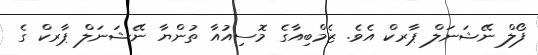
ފޯލް ނޭޝަނަލް ޕާރކް އެވެ. ޒެމްބިއާގެ މޮސިއުއާ ތުންޔާ ނޭޝަނަލް ޕާރކް ގެ